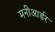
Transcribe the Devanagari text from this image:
मनीआर्डर